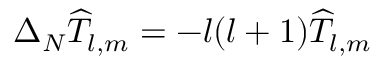
\Delta _ { N } \widehat { T } _ { l , m } = - l ( l + 1 ) \widehat { T } _ { l , m }